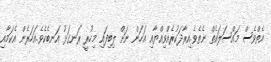
އެތްވެސް މައްސަލައެތް ނެތެވެ.އިރާދަކުރެއްވިއްޔާއި އަހަން ނަށް ލިބިފައި މިހުރީ ރަނގަޅު އަނބެކެވެ.އަހަރެން އެކަމާއި